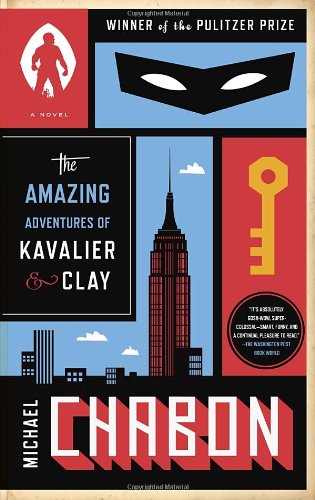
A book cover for The Amazing Adventures of Kavalier & Clay (with bonus content): A Novel; Michael Chabon; Literature & Fiction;